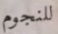
للنجوم